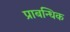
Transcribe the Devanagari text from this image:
प्राबन्धिक